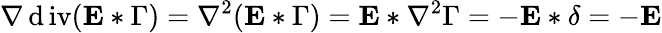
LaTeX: \nabla\operatorname{\mathrm{d}iv}(\mathbf{{E}}*\Gamma)=\nabla^{2}(\mathbf{{E}}*\Gamma)=\mathbf{{E}}*\nabla^{2}\Gamma=-\mathbf{{E}}*\delta=-\mathbf{{E}}